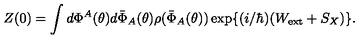
Z ( 0 ) = \int d \Phi ^ { A } ( \theta ) d \bar { \Phi } _ { A } ( \theta ) \rho ( \bar { \Phi } _ { A } ( \theta ) ) \exp \{ ( i / \hbar ) ( W _ { \mathrm { e x t } } + S _ { X } ) \} .